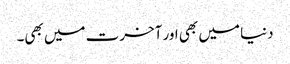
دنیا میں بھی اور آخرت میں بھی۔